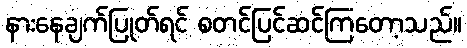
နားနေချက်ပြုတ်ရင် စတင်ပြင်ဆင်ကြတော့သည်။